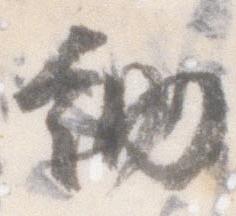
納